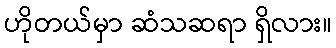
ဟိုတယ်မှာ ဆံသဆရာ ရှိလား။